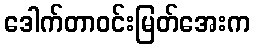
ဒေါက်တာဝင်းမြတ်အေးက